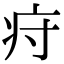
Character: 疛